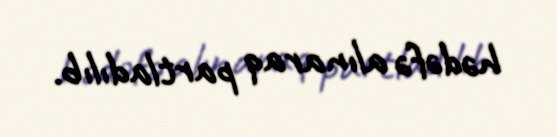
hədəfə alınaraq partladılıb.